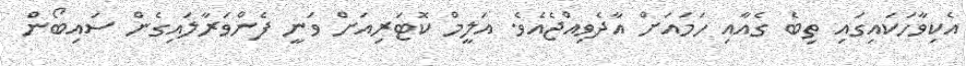
އެކިވާހަކައިގައި ތިބެ ގެއާއި ހަމައަށް އާދެވިއްޖެއެވެ. އަލީމް ކޮޓަރިއަށް ވަނީ ފެންވަރާލައިގެން ސައިބޯން